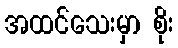
အထင်သေးမှာ စိုး